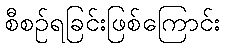
စီစဉ်ရခြင်းဖြစ်ကြောင်း